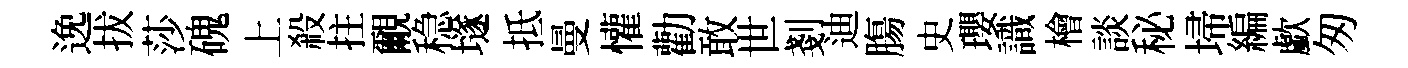
𨓜拔莎磈上殺拄覼稳𡑞抵曼懽勸敢世剗迪膓史瓔識檜談秘埽編歔匆